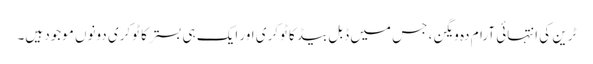
ٹرین کی انتہائی آرام دہ ویگن ، جس میں ڈبل بیڈ کا ٹوکری اور ایک ہی بستر کا ٹوکری دونوں موجود ہیں۔